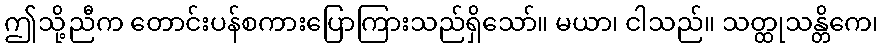
ဤသို့ညီက တောင်းပန်စကားပြောကြားသည်ရှိသော်။ မယာ၊ ငါသည်။ သတ္ထုသန္တိကေ၊